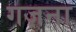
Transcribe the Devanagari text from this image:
गज़ना